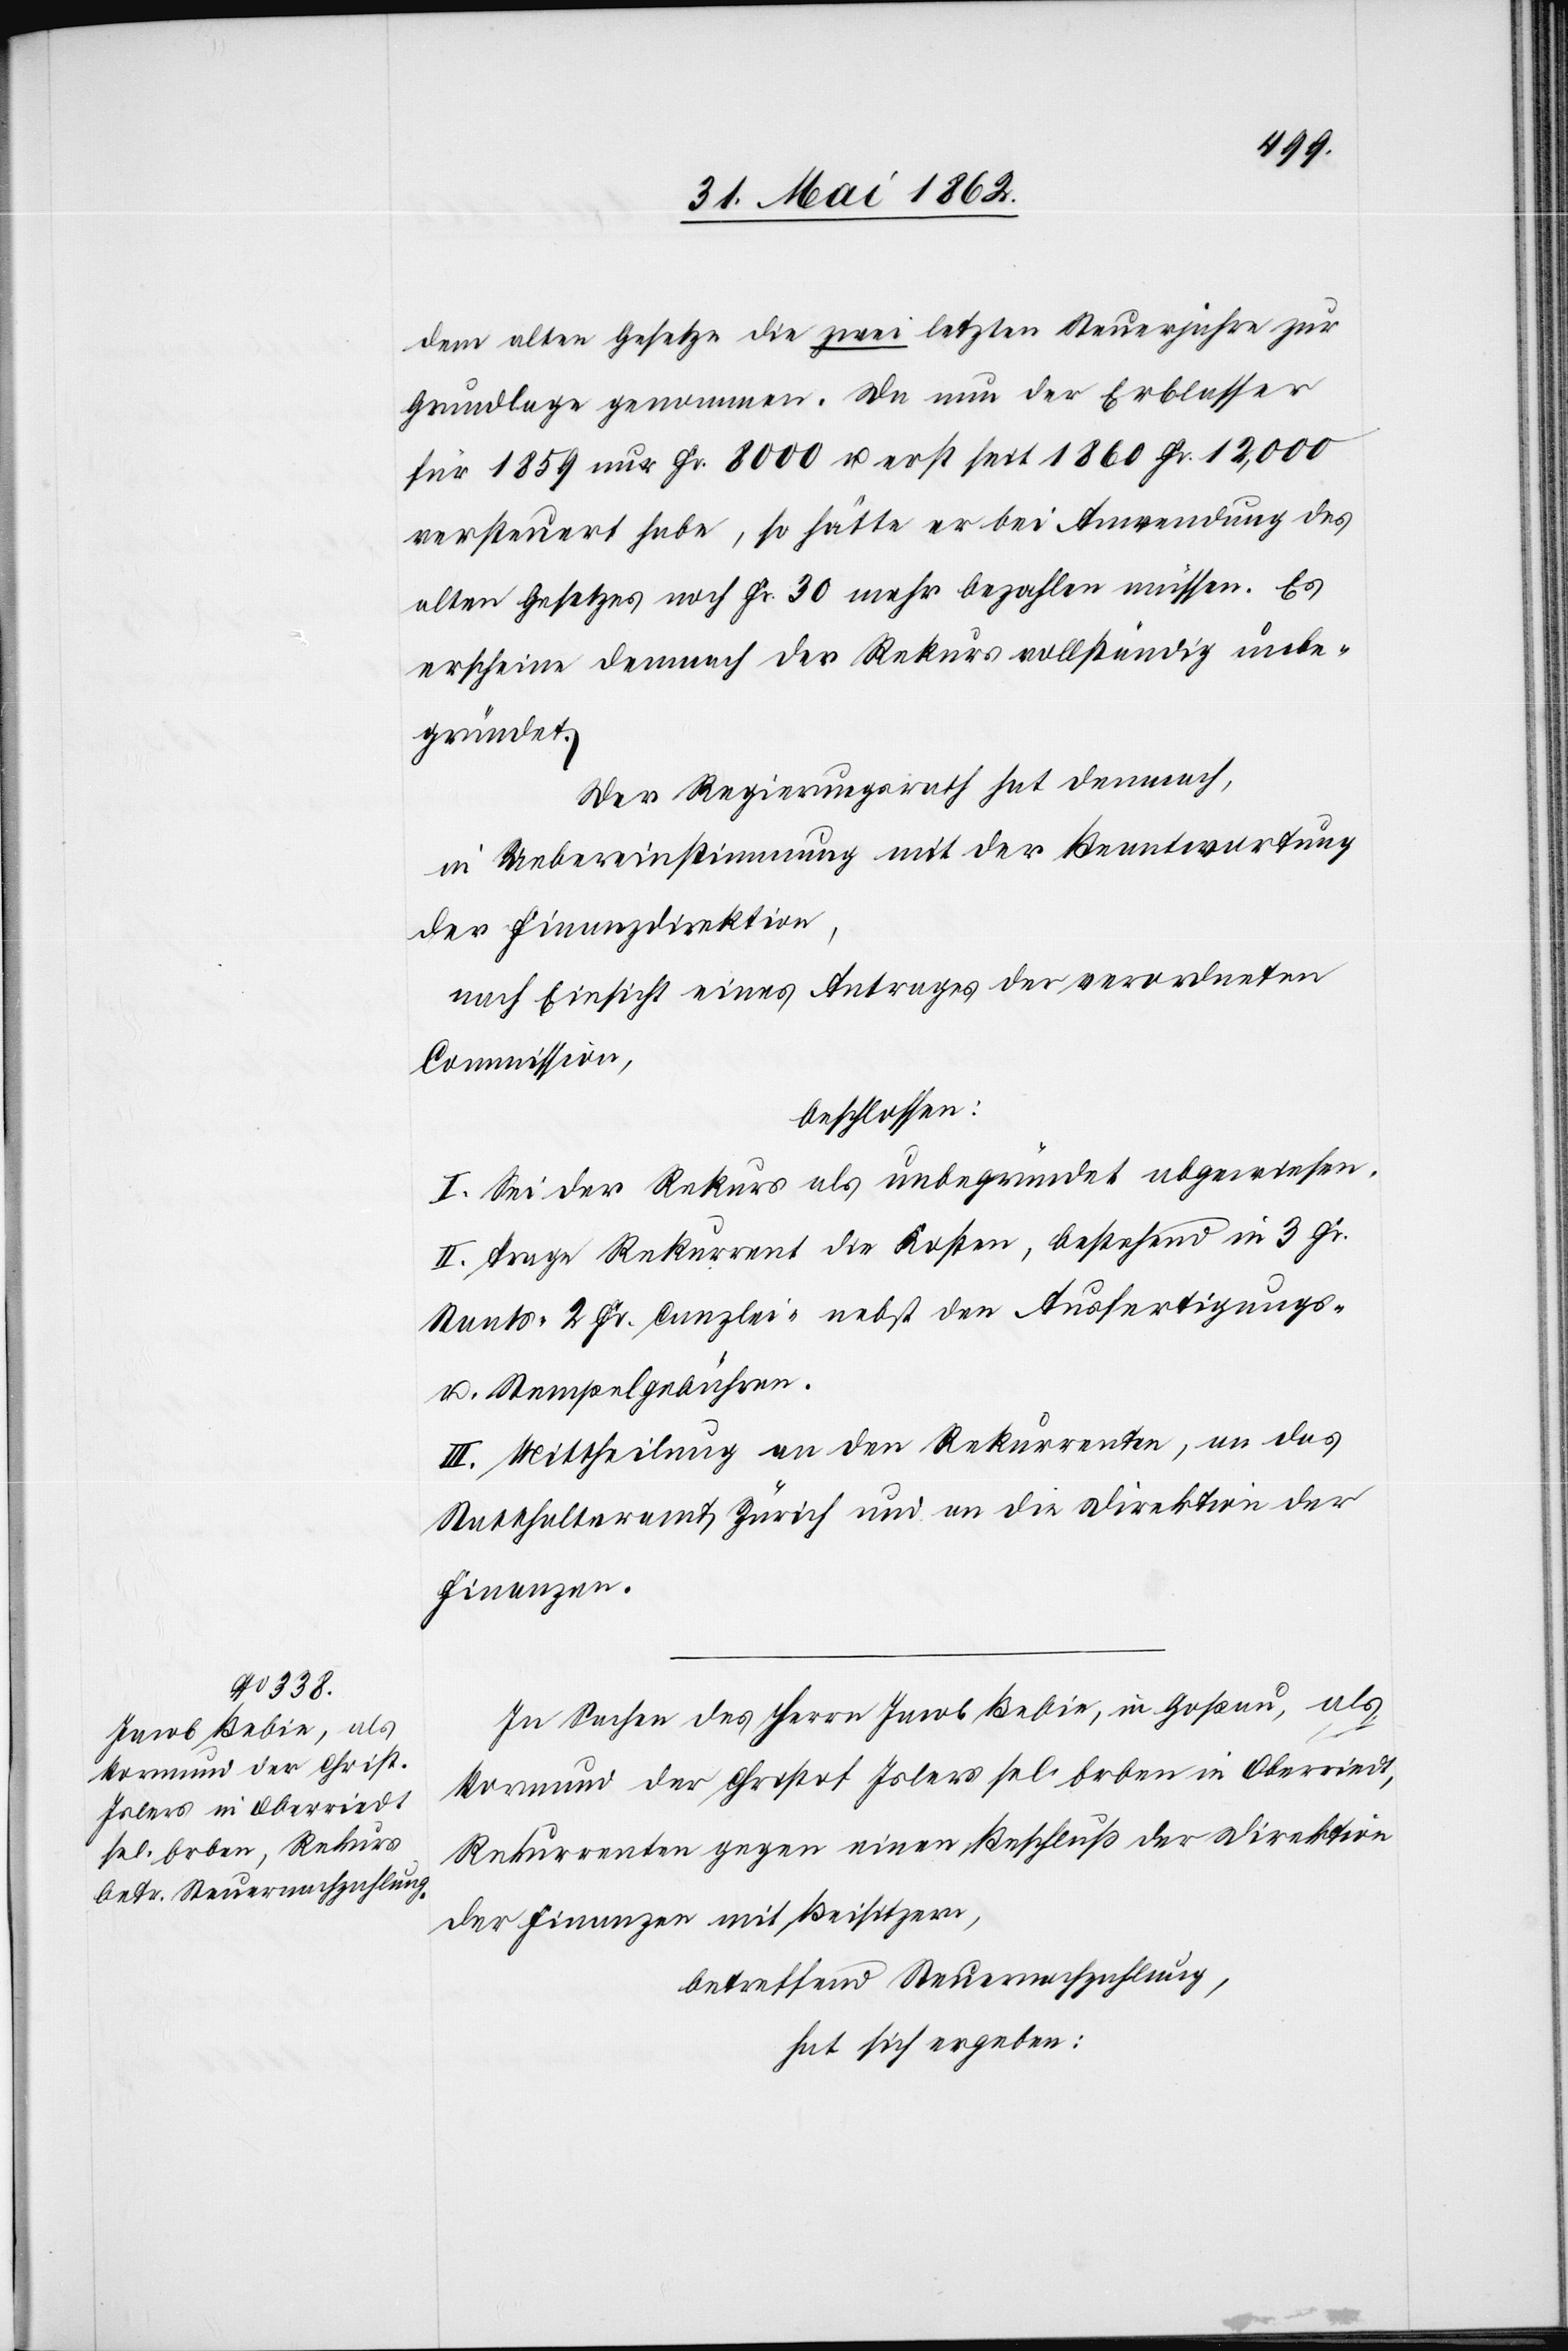
dem alten Gesetze die zwei letzten Steuerjahre zur
Grundlage genommen. Da nun der Erblasser
für 1859 nur Fr. 8000 u. erst seit 1860 Fr. 12,000
versteuert habe, so hätte er bei Anwendung des
alten Gesetzes noch Fr. 30 mehr bezahlen müssen. Es
erscheine demnach der Rekurs vollständig unbe¬
gründet.
Der Regierungsrath hat demnach,
in Uebereinstimmung mit der Beantwortung
der Finanzdirektion,
nach Einsicht eines Antrages der verordneten
Commission,
beschlossen:
I. Sei der Rekurs als unbegründet abgewiesen.
II. Trage Rekurrent die Kosten, bestehend in 3 Fr.
Staats-[,] 2 Fr. Canzlei- nebst den Ausfertigungs-
u. Stempelgebühren.
III. Mittheilung an den Rekurrenten, an das
Statthalteramt Zürich und an die Direktion der
Finanzen.
In Sachen des Herrn Jacob Bebie, in Goßau, als
Vormund der Christof Islers sel. Erben in Oberriedt,
Rekurrenten gegen einen Beschluß der Direktion
der Finanzen mit Beisitzern,
betreffend Steuernachzahlung,
hat sich ergeben: